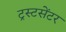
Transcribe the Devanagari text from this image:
ट्रस्टसेंटर